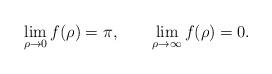
LaTeX: \begin{align*}\lim_{\rho \rightarrow 0} f(\rho) =\pi ,\qquad \lim_{\rho \rightarrow\infty} f(\rho)=0.\end{align*}